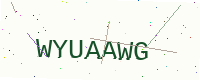
Text: WYUAAWG